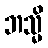
ဘသ္မိ